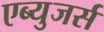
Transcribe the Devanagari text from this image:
एब्युजर्स